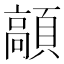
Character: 䯪